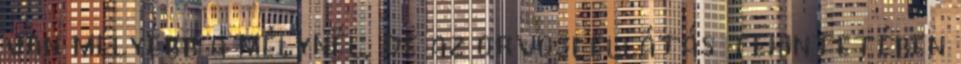
van mélyebb a mélynél, de az orvosi ellátás tekintetében